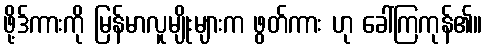
ဖို့ဒ်ကားကို မြန်မာလူမျိုးများက ဖွတ်ကား ဟု ခေါ်ကြကုန်၏။